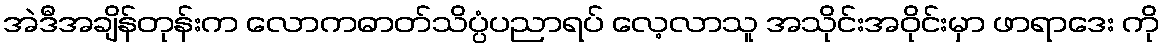
အဲဒီအချိန်တုန်းက လောကဓာတ်သိပ္ပံပညာရပ် လေ့လာသူ အသိုင်းအဝိုင်းမှာ ဖာရာဒေး ကို